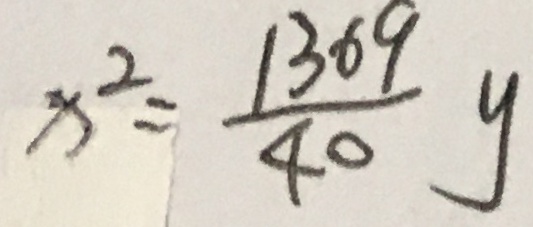
x ^ { 2 } = \frac { 1 3 6 9 } { 4 0 } y